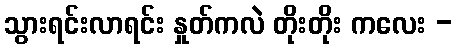
သွားရင်းလာရင်း နှုတ်ကလဲ တိုးတိုး ကလေး -